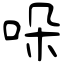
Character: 哚